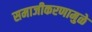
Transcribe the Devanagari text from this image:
समाजीकरणामुळे